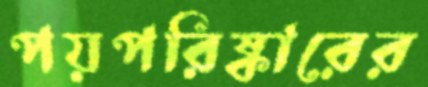
পয়পরিষ্কারের